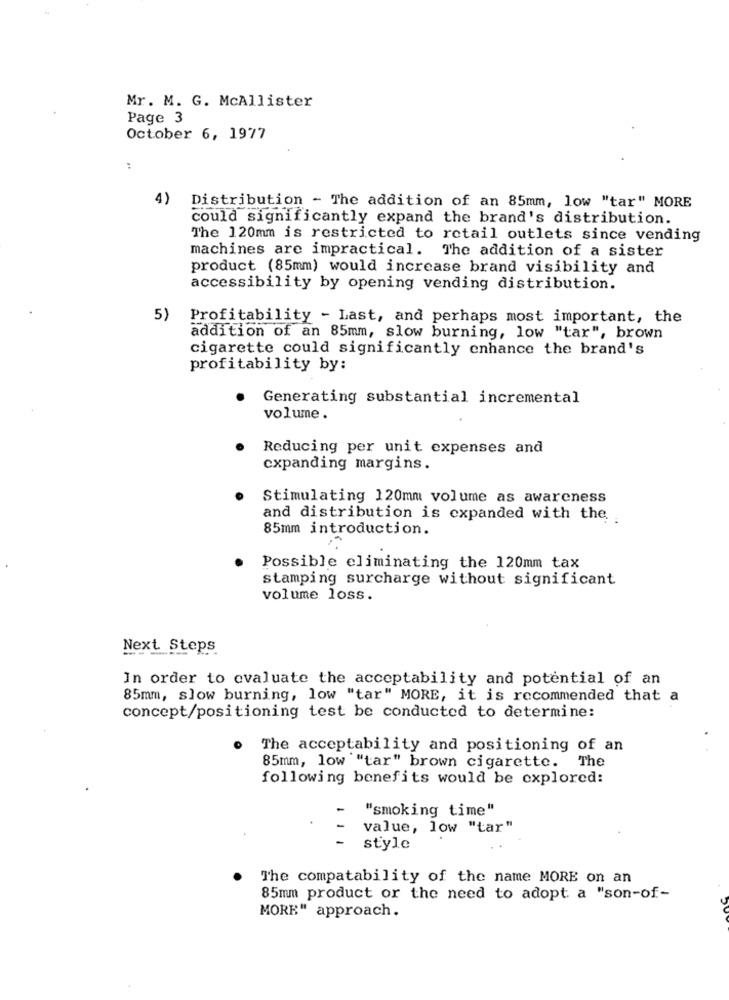
Mr. M. G. McAllister
Page 3
October 6, 1977
:
4)
Distribution - The addition of an 85mm, low "tar" MORE
could significantly expand the brand's distribution.
The 120mm is restricted to retail outlets since vending
machines are impractical.
The addition of a sister
product (85mm) would increase brand visibility and
accessibility by opening vending distribution.
5)
Profitability - Last, and perhaps most important, the
addition of an 85mm, slow burning, low "tar", brown
cigarette could significantly enhance the brand's
profitability by:
Generating substantial incremental
volume.
Reducing per unit expenses and
expanding margins.
Stimulating 120mm volume as awareness
and distribution is expanded with the
85mm introduction.
Possible eliminating the 120mm tax
stamping surcharge without significant
volume loss.
Next Steps
In order to evaluate the acceptability and potential of an
85mm, slow burning, low "tar" MORE, it is recommended that a
concept/positioning test be conducted to determine:
The acceptability and positioning of an
85mm, low "tar" brown cigarette. The
following benefits would be explored:
"smoking time"
value, low "tar"
style
The compatability of the name MORE on an
85mm product or the need to adopt a "son-of-
MORE" approach.